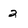
Character: 2